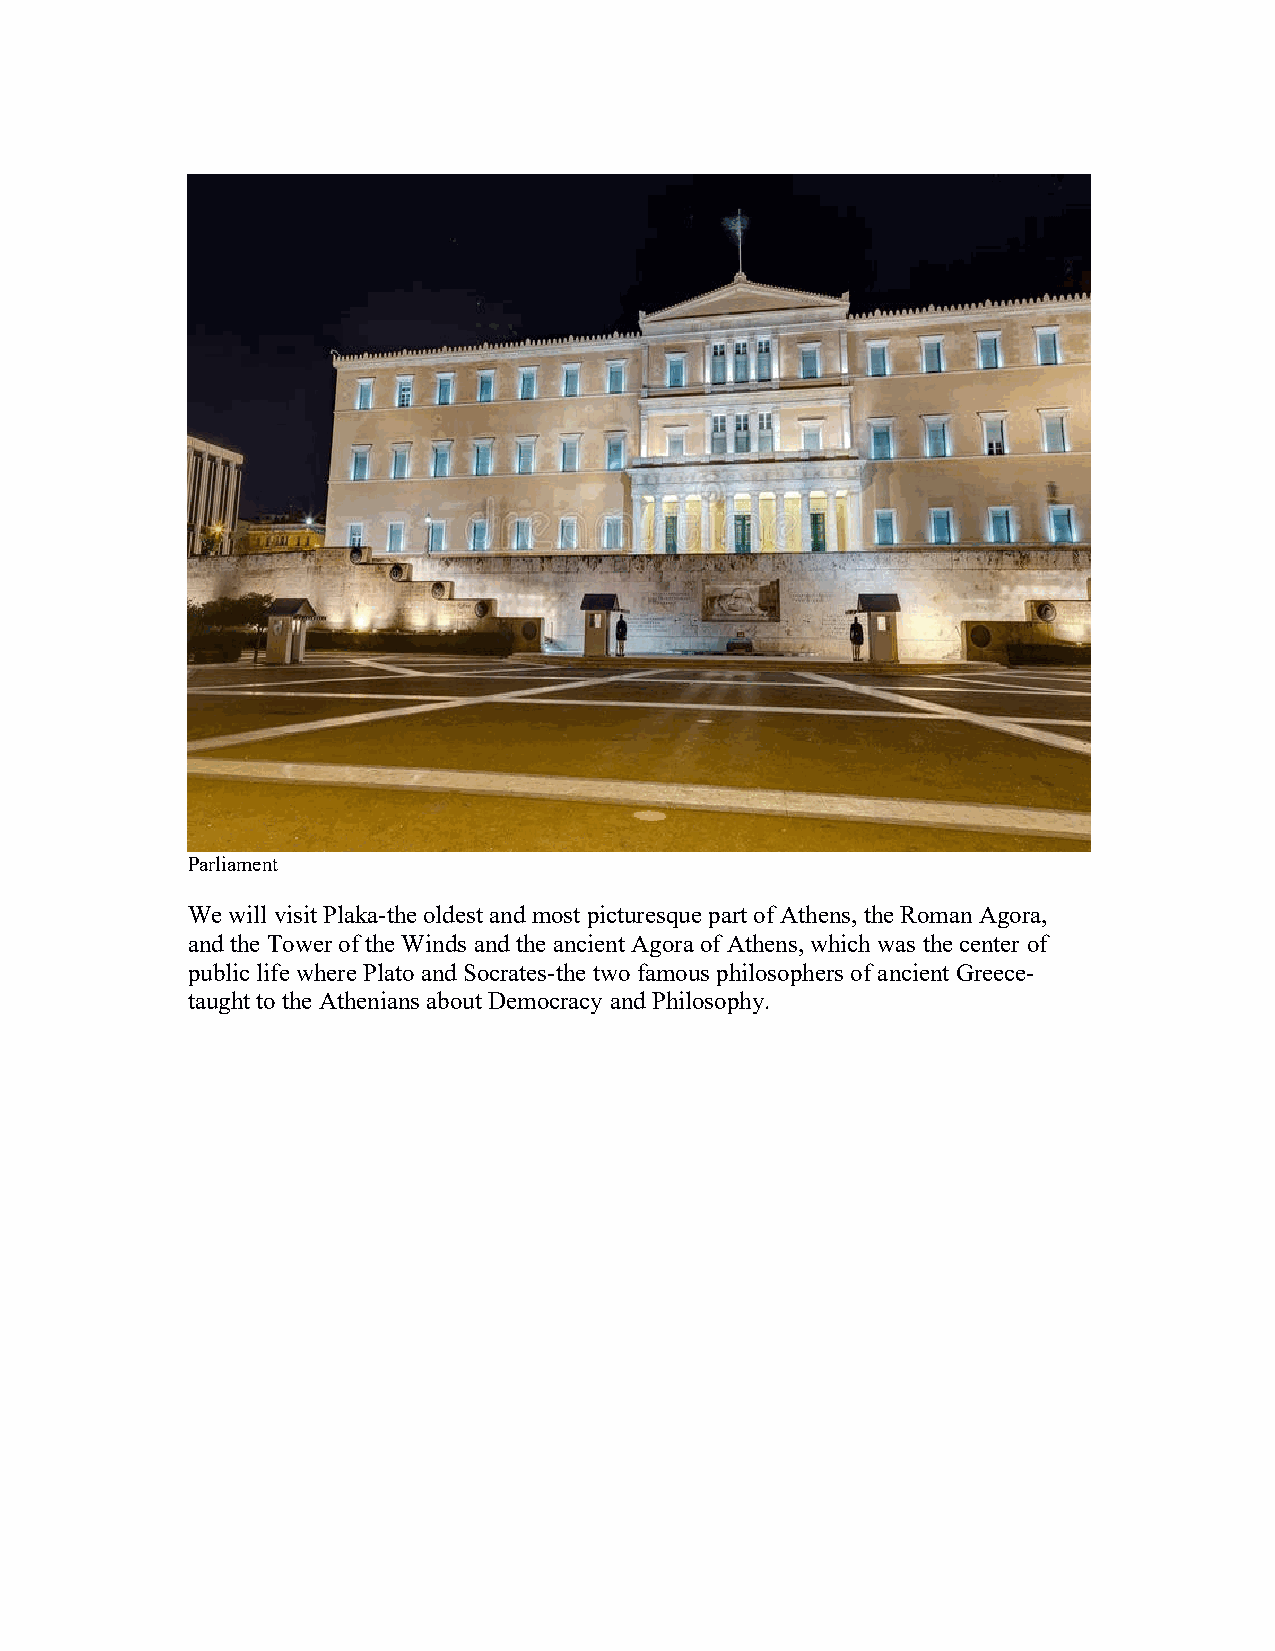
Parliament
 We will visit Plaka-the oldest and most picturesque part of Athens, the Roman Agora,
 and the Tower of the Winds and the ancient Agora of Athens, which was the center of
 public life where Plato and Socrates-the two famous philosophers of ancient Greece-
 taught to the Athenians about Democracy and Philosophy.